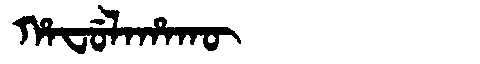
Manchu: ᡥᠠᠸᡠᠯᠠᡥᠠᡴᡡ
Romanization: HAFULAHAKŪ